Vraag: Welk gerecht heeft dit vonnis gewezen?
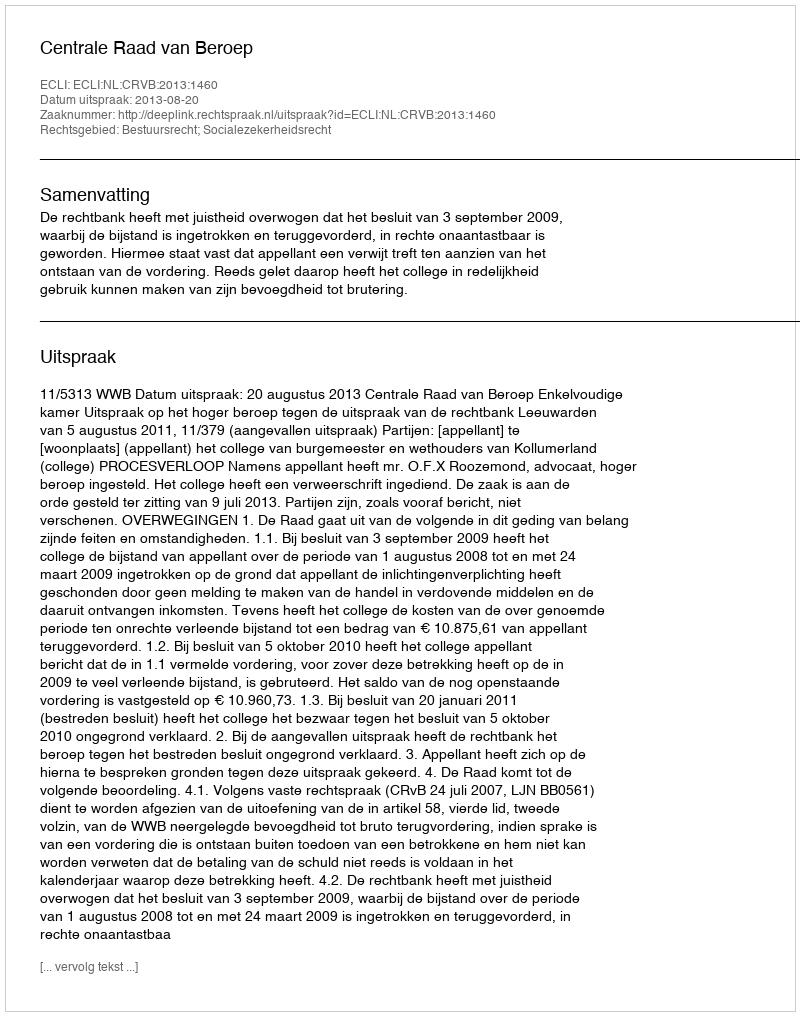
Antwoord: Centrale Raad van Beroep